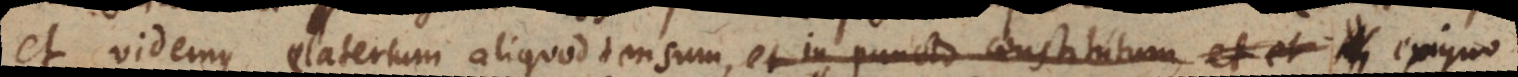
et videmus elaterium aliquod tensum, et in puncto constitutum, et exiguo